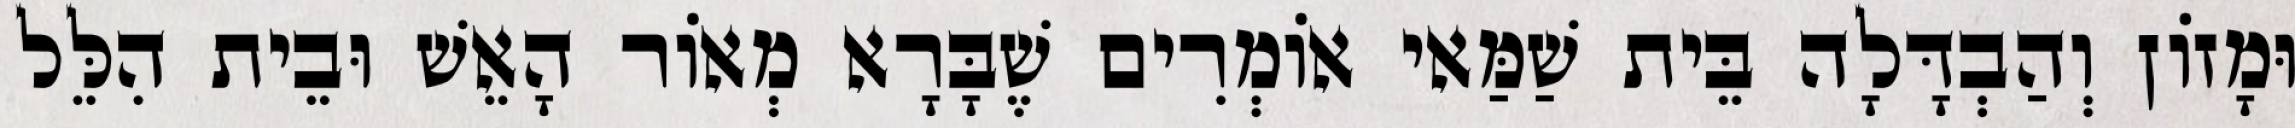
וּמָזוֹן וְהַבְדָּלָה בֵּית שַׁמַּאי אוֹמְרִים שֶׁבָּרָא מְאוֹר הָאֵשׁ וּבֵית הִלֵּל